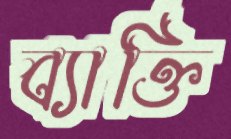
ব্যাক্তি